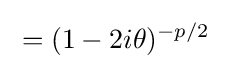
{\begin{aligned}&=(1-2i\theta )^{-p/2}\end{aligned}}